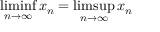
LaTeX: \operatorname* { l i m i n f } _ { n \to \infty } x _ { n } = \operatorname* { l i m s u p } _ { n \to \infty } x _ { n }